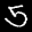
Label: 5